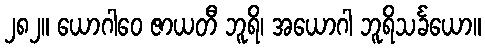
၂၈၂။ ယောဂါဝေ ဇာယတီ ဘူရိ၊ အယောဂါ ဘူရိသင်္ခယော။